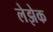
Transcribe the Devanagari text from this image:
लेझेक